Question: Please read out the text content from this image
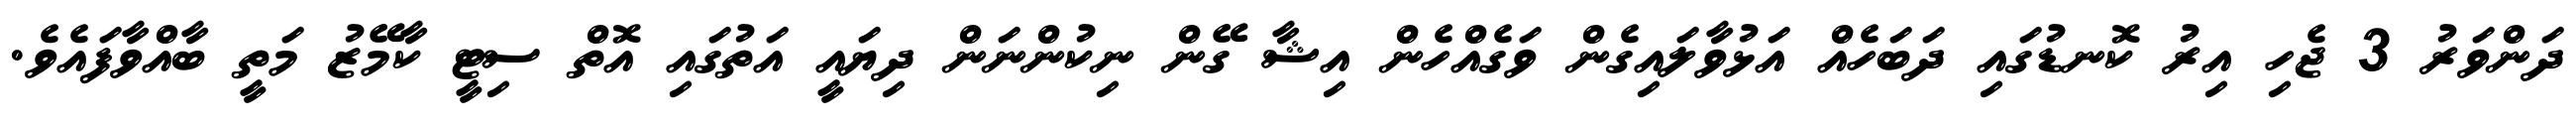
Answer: ދަންވަރު 3 ޖެހި އިރު ކޮނޑުގައި ދަބަހެއް އަޅުވާލައިގެން ވަގެއްހެން އިޝާ ގޭން ނިކުންނަން ދިޔައީ އަތުގައި އޮތް ސިޓީ ކާމޭޒު މަތީ ބާއްވާފައެވެ.